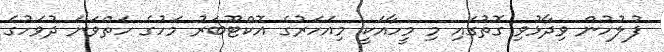
ފުލުހުން ވިދާޅުވި ގޮތުގައި މި މީހާއަކީ މިއަހަރުގެ އޮކްޓޫބަރު މަހުގެ ހަތްވަނަ ދުވަހުގެ